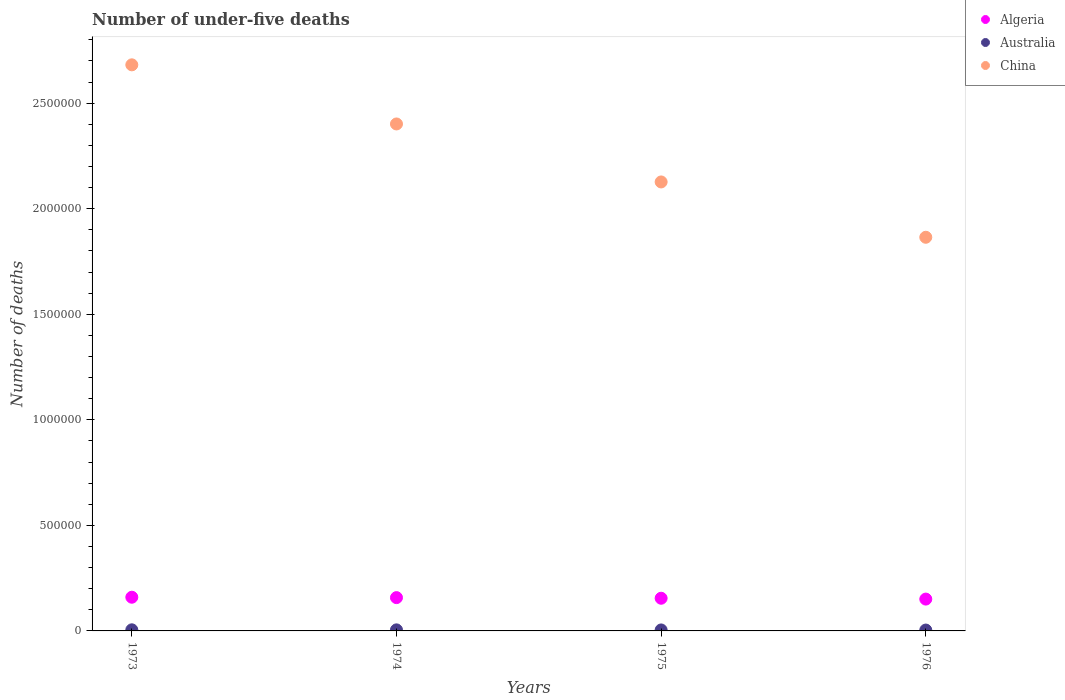
| Years | Algeria | Australia | China |
 | --- | --- | --- | --- |
 | 1973 | 1.6e+05 | 5.22e+03 | 2.68e+06 |
 | 1974 | 1.58e+05 | 4.98e+03 | 2.4e+06 |
 | 1975 | 1.55e+05 | 4.61e+03 | 2.13e+06 |
 | 1976 | 1.51e+05 | 4.15e+03 | 1.86e+06 |